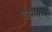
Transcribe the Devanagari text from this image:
वैहोला